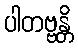
ပါတဗ္ဗန္တိ